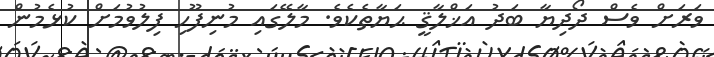
ވަރަށް ވެސް ދޯދިޔާ ބަދު އަޚްލާޤީ ޙަޔާތެކެވެ. މާލޭގައި މުނިފޫހި ފިލުވުމަށް ކުޅެމުން